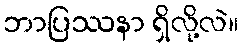
ဘာပြဿနာ ရှိလို့လဲ။